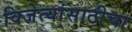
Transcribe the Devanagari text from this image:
विजेत्यांसाठीचा